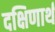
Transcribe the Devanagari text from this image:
दक्षिणार्थ